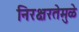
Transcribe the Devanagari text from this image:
निरक्षरतेमुळे